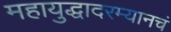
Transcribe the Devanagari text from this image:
महायुद्धादरम्यानचं